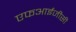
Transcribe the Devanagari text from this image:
एफआईजीसी